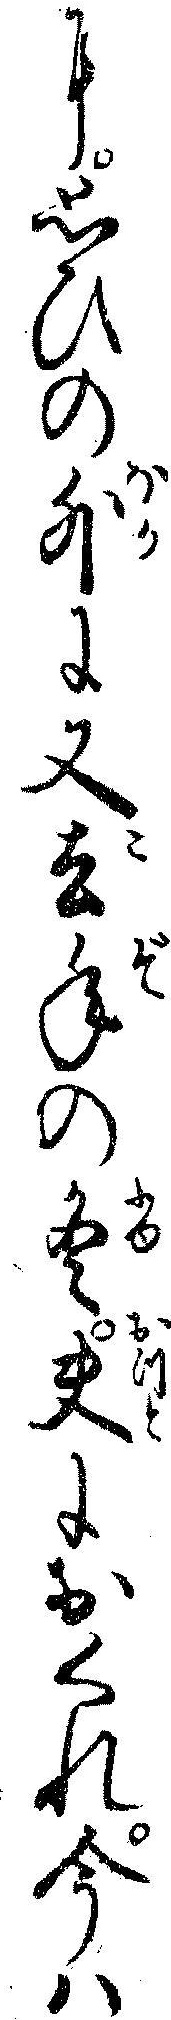
に思ひの外に又去年の冬夫におくれ今ハ